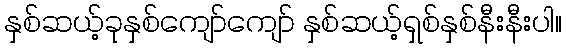
နှစ်ဆယ့်ခုနှစ်ကျော်ကျော် နှစ်ဆယ့်ရှစ်နှစ်နီးနီးပါ။